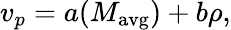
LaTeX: v_{p}=a(M_{\mathrm{avg}})+b\rho,